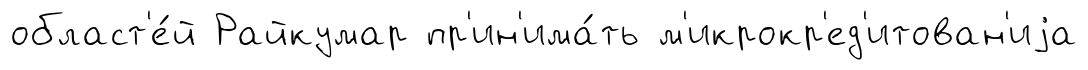
област'е́й Райкумар пр'ин'има́ть м'икрокр'ед'итован'иjа